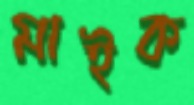
মাইক